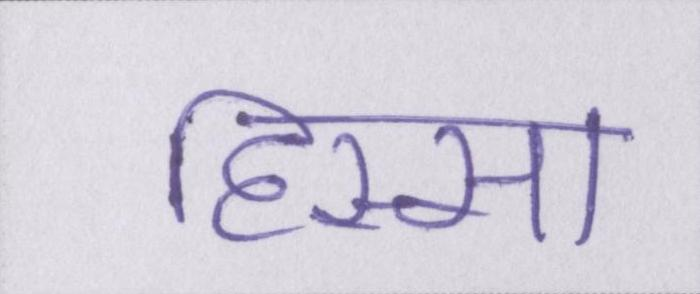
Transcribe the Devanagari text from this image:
हिस्सा